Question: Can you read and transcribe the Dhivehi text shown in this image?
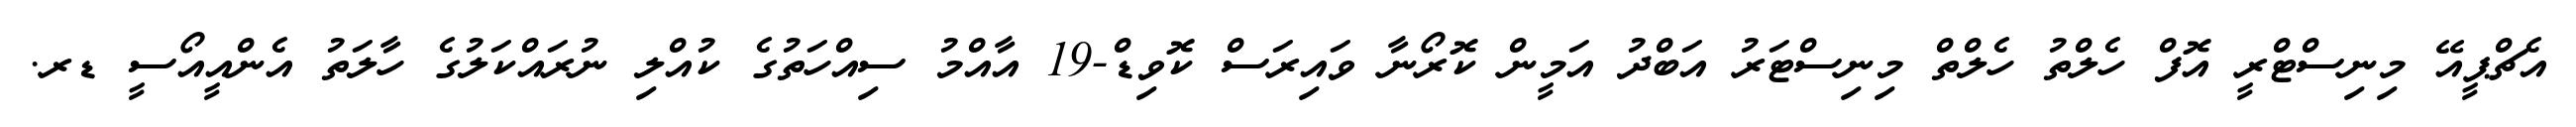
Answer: އެޗްޕީއޭ މިނިސްޓްރީ އޮފް ހެލްތު ހެލްތް މިނިސްޓަރު އަބްދު އަމީން ކޮރޯނާ ވައިރަސް ކޮވިޑް-19 އާއްމު ސިއްހަތުގެ ކުއްލި ނުރައްކަލުގެ ހާލަތު އެންއީއޯސީ ޑރ.